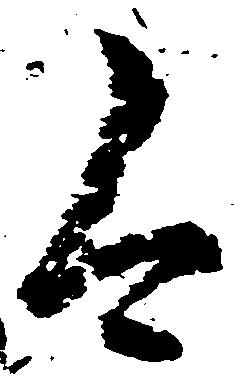
今